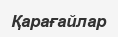
Қарағайлар